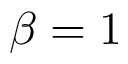
\beta = 1